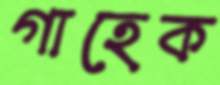
গাহেক